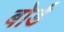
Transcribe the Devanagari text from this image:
बोर्ड